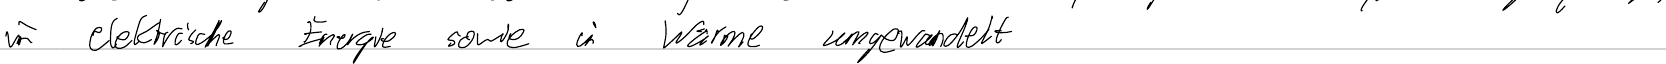
in elektrische Energie sowie in Wärme umgewandelt